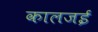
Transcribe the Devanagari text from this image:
कालजई